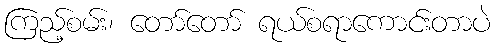
ကြည့်စမ်း၊ တော်တော် ရယ်စရာကောင်းတာပဲ